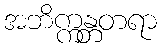
အဘိက္ကန္တတရာ